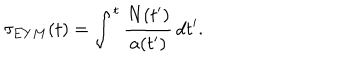
LaTeX: \tau _ { E Y M } ( t ) = \int ^ { t } \frac { N ( t ^ { \prime } ) } { a ( t ^ { \prime } ) } \, d t ^ { \prime } .